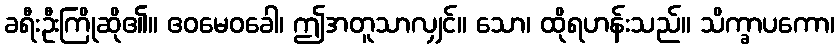
ခရီးဦးကြိုဆို၏။ ဧဝမေဝခေါ၊ ဤအတူသာလျှင်။ သော၊ ထိုရဟန်းသည်။ သိက္ခာပကော၊